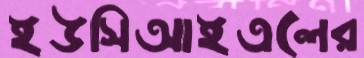
ইউসিআইএলের